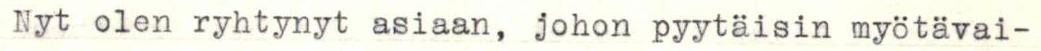
Nyt olen ryhtynyt asiaan, johon pyytäisin myötävai-